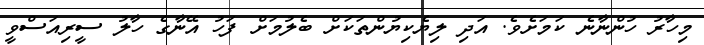
މިހާރު ހުންނާނެ ކަމަށެވެ. އަދި ލިޔެކިޔުންތަކަށް ބެލުމަށް ފަހު އޭނާގެ ހާލު ސީރިއަސްވީ